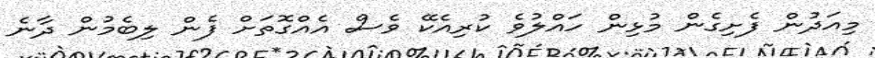
މިއަދުން ފެށިގެން މުޅިން ހައްލުވެ ކުރިއެކޭ ވެސް އެއްގޮތަށް ފެން ލިބެމުން ދާނެ